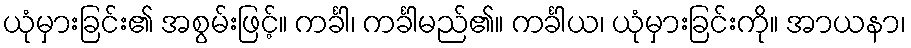
ယုံမှားခြင်း၏ အစွမ်းဖြင့်။ ကင်္ခါ၊ ကင်္ခါမည်၏။ ကင်္ခါယ၊ ယုံမှားခြင်းကို။ အာယနာ၊